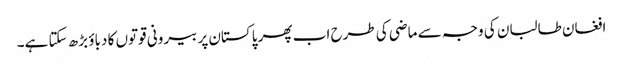
افغان طالبان کی وجہ سے ماضی کی طرح اب پھر پاکستان پر بیرونی قوتوں کا دباؤ بڑھ سکتا ہے۔